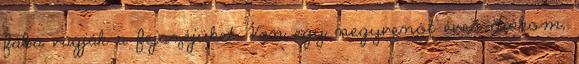
fába vágják a fejszéjüket. Van egy negyvenöt éves diákom,